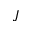
J